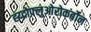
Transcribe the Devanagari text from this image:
ह्य्द्रोफ़्लुओरोकर्बोन